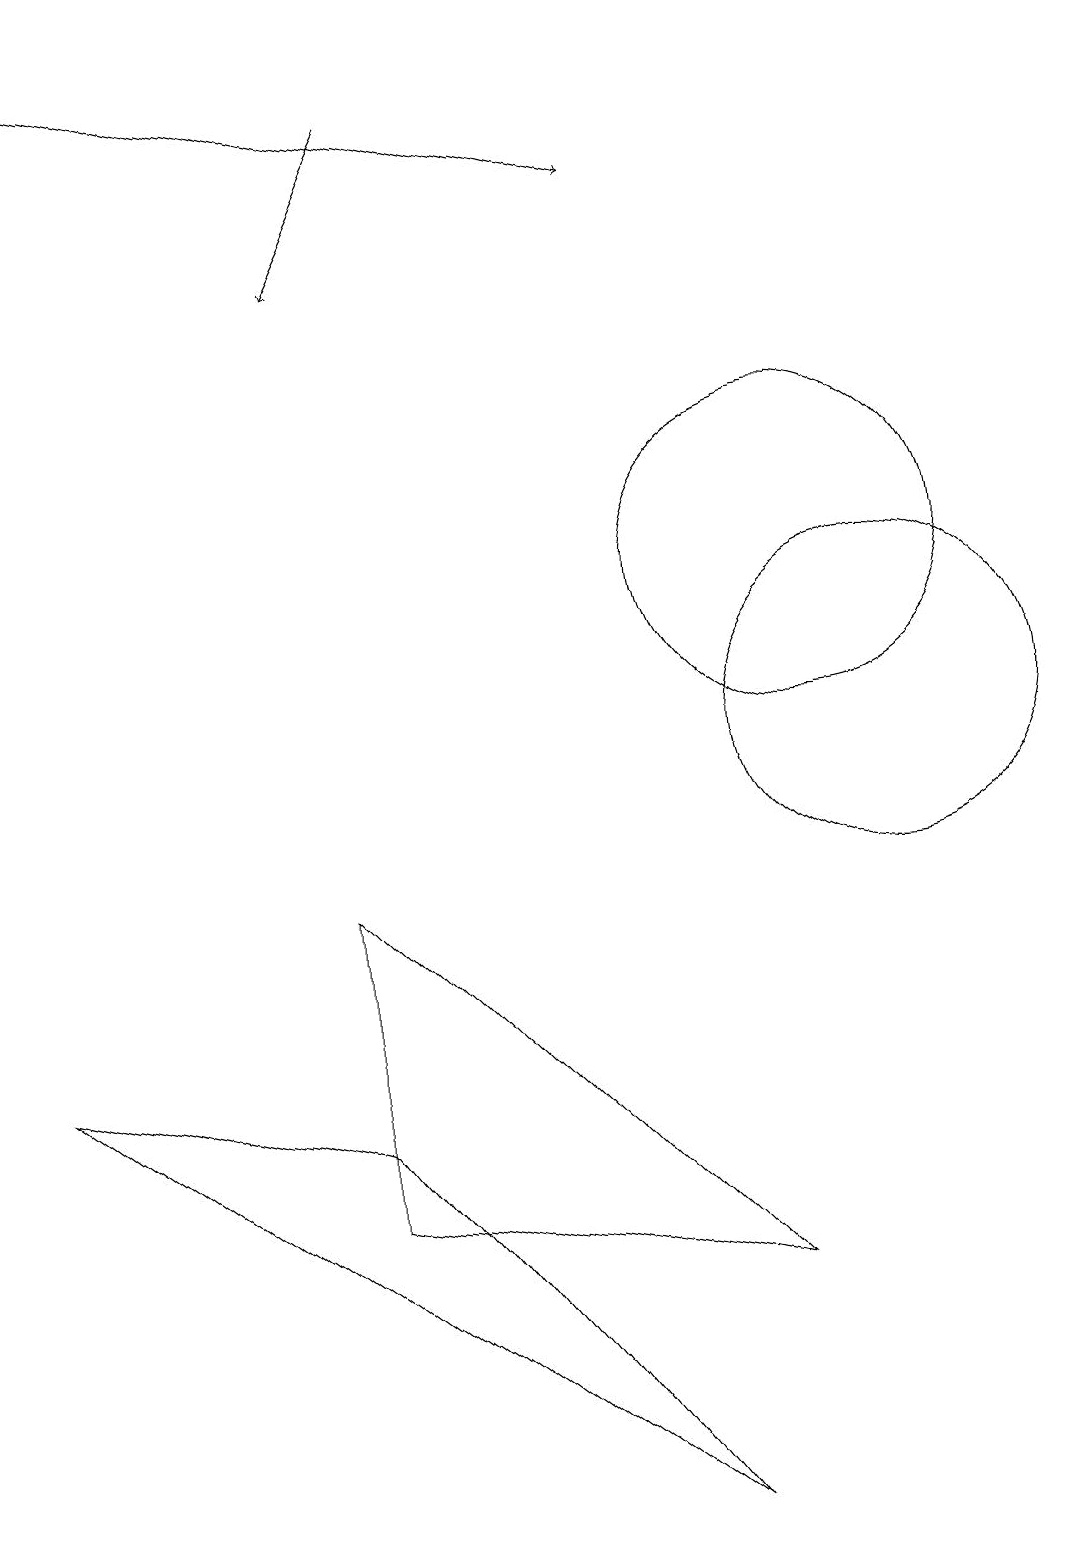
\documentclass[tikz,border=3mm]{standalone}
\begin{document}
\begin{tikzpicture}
\draw[->] (5,18) -- (4,16);
\draw (10,12) circle (2);
\draw (4,5) -- (8,0) -- (0,6) -- cycle;
\draw (11,10) circle (2);
\draw[->] (0,19) -- (8,17);
\draw (4,8) -- (4,4) -- (9,3) -- cycle;
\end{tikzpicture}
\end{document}